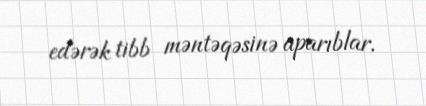
edərək tibb məntəqəsinə aparıblar.